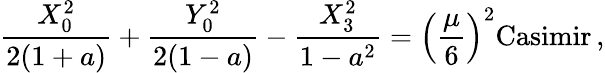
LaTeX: {\frac{X_{0}^{2}}{2(1+a)}}+{\frac{Y_{0}^{2}}{2(1-a)}}-{\frac{X_{3}^{2}}{1-a^{2}}}=\left({\frac{\mu}{6}}\right)^{2}\mathrm{Casimir}\, ,